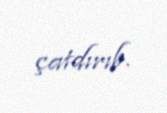
çatdırıb.